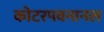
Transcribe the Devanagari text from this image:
कोटरपवनानल